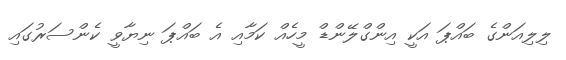
ލިލިއަންގެ ބައްޕަ އަކީ އިންގްލޭންޑް މީހެއް ކަމާއި އެ ބައްޕަ ނިޔާވީ ކެންސަރުގައި